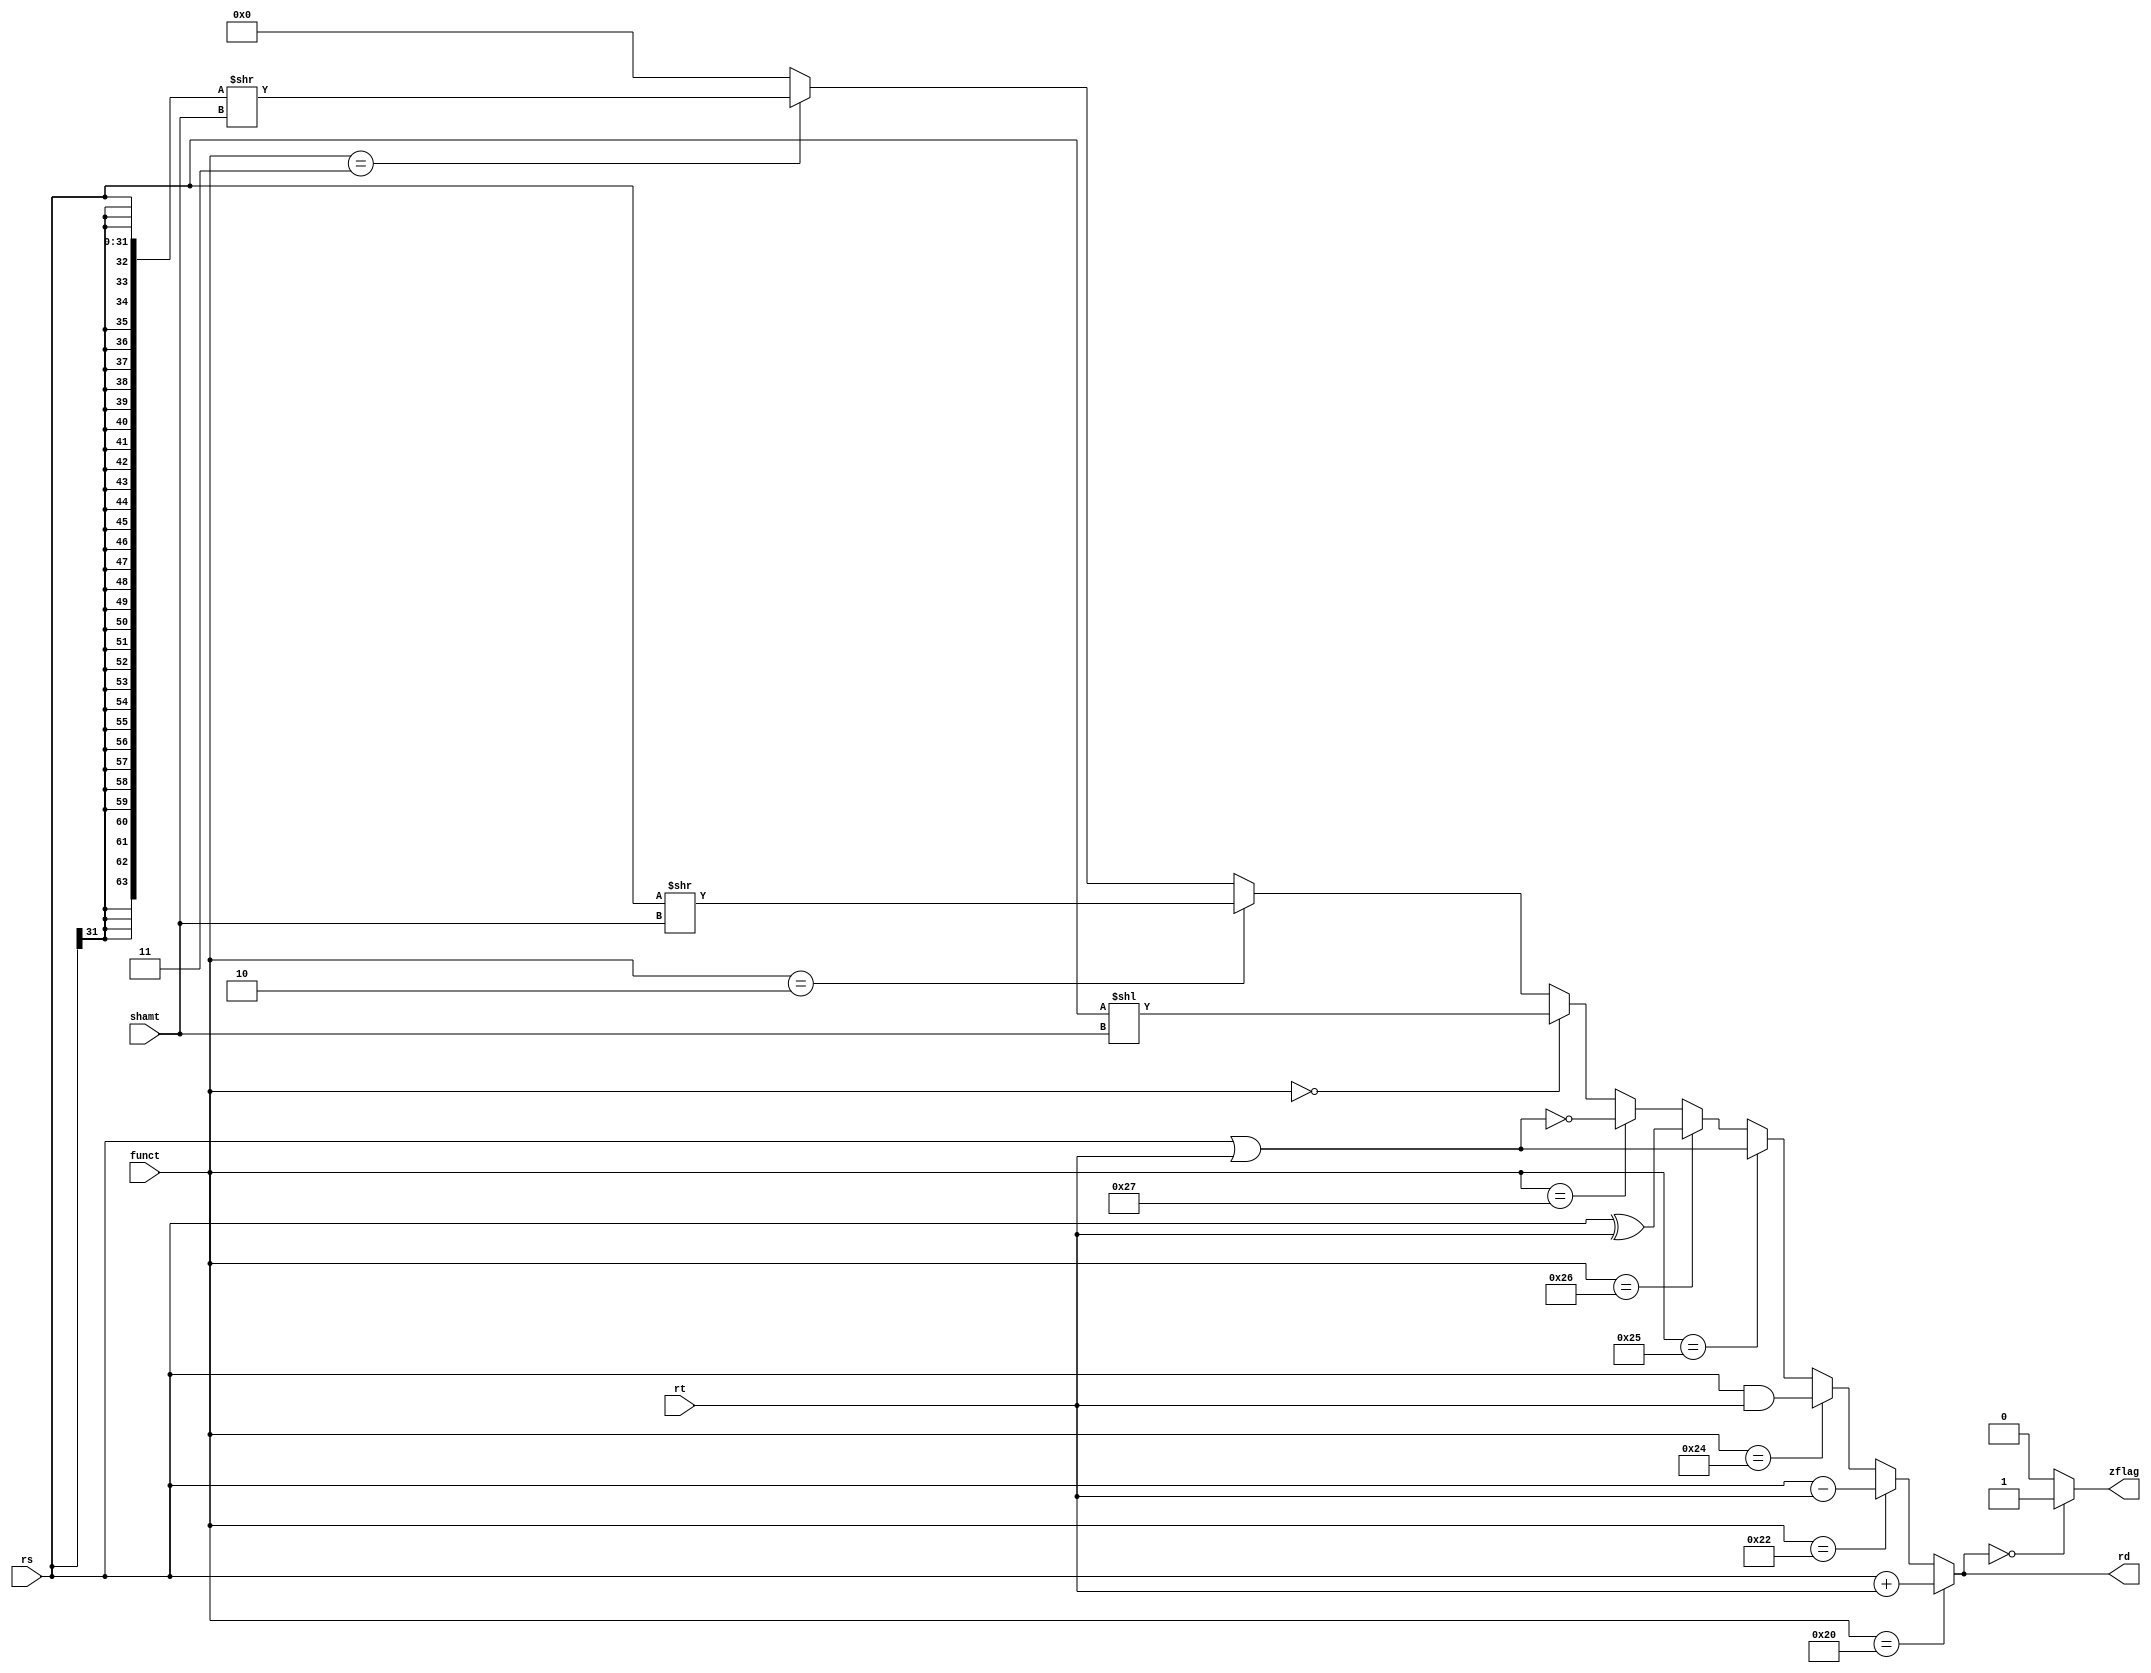
`timescale 1ns / 100ps
`default_nettype none

module alu(
   input wire [31:0] rs,
   input wire [31:0] rt,
   input wire [5:0] funct,
   input wire [4:0] shamt,
   output wire [31:0] rd,
   output wire zflag);

   localparam funct_add = 6'b100000;
   localparam funct_sub = 6'b100010;
   localparam funct_and = 6'b100100;
   localparam funct_or  = 6'b100101;
   localparam funct_xor = 6'b100110; 
   localparam funct_nor = 6'b100111;
   localparam funct_sll = 6'b000000; 
   localparam funct_srl = 6'b000010; 
   localparam funct_sra = 6'b000011;
   
   wire [32:0] a = {{32{rs[31]}}, rs} >> shamt;

   assign rd = funct == funct_add ? rs + rt :
      funct == funct_sub ? rs - rt :
      funct == funct_and ? rs & rt :
      funct == funct_or  ? rs | rt :
      funct == funct_xor ? rs ^ rt :
      funct == funct_nor ? ~(rs | rt) :
      funct == funct_sll ? rs << shamt :
      funct == funct_srl ? rs >> shamt :
      funct == funct_sra ? a[31:0] : 32'b0;

   assign zflag = rd == 31'b0 ? 1'b1 : 1'b0;

endmodule
`default_nettype wire